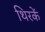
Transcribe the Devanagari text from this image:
थिरकें